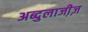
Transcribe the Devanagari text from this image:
अब्दुलाजी़ज़